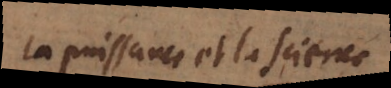
la puissance et la science